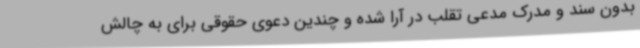
بدون سند و مدرک مدعی تقلب در آرا شده و چندین دعوی حقوقی برای به چالش